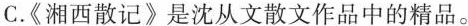
C.《湘西散记》是沈从文散文作品中的精品。